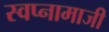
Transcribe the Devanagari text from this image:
स्वप्नामाजी